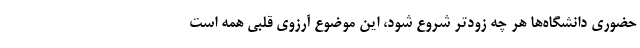
حضوری دانشگاه‌ها هر چه زودتر شروع شود، این موضوع آرزوی قلبی همه است